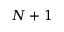
N + 1